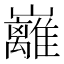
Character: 𡿎